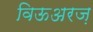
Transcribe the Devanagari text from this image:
विऊअरज़